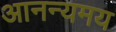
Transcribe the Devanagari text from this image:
आनन्यमय